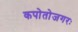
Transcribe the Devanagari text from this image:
कपोतोजगरः